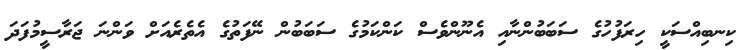
ކިނބިއްސަކީ ހިރަފުހުގެ ސަބަބުންނާއި އެނޫންވެސް ކަންކަމުގެ ސަބަބުން ނޭފަތުގެ އެތެރެއަށް ވަންނަ ޖަރާސީމުފަދަ